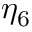
\eta _ { 6 }